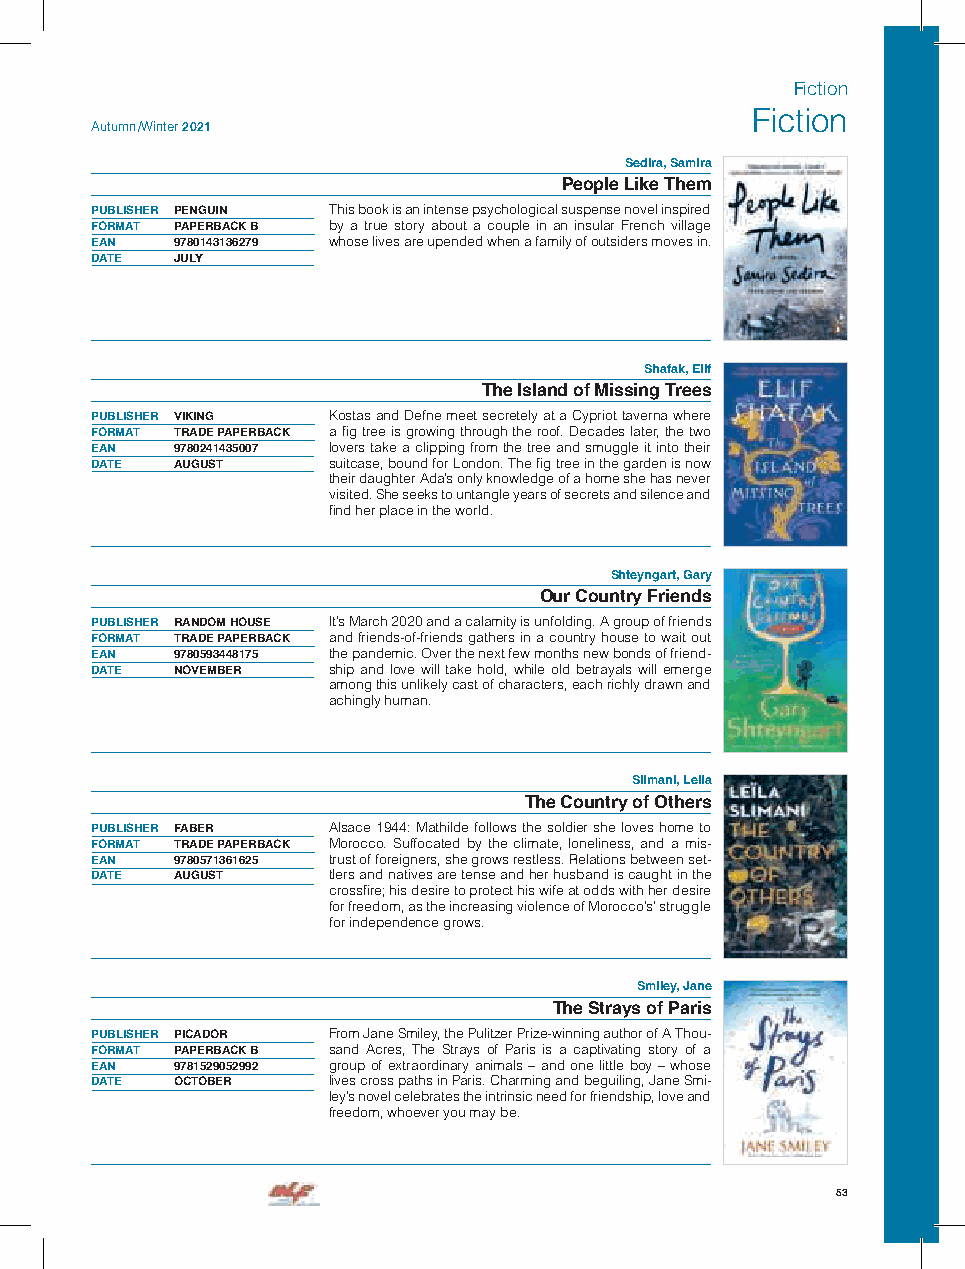
Fiction
 Fiction
 Autumn /Winter 2021
 Sedira, Samira
 People Like Them
 PUBLISHER PENGUIN This book is an intense psychological suspense novel inspired
 FORMAT PAPERBACK B by a true story about a couple in an insular French village
 EAN  9780143136279 whose lives are upended when a family of outsiders moves in.
 DATE JULY
 Shafak, Elif
 The Island of Missing Trees
 PUBLISHER VIKING Kostas and Defne meet secretely at a Cypriot taverna where
 FORMAT TRADE PAPERBACK a fig tree is growing through the roof. Decades later, the two
 EAN  9780241435007 lovers take a clipping from the tree and smuggle it into their
 DATE AUGUST     suitcase, bound for London. The fig tree in the garden is now
 their daughter Ada’s only knowledge of a home she has never
 visited. She seeks to untangle years of secrets and silence and
 find her place in the world.
 Shteyngart, Gary
 Our Country Friends
 PUBLISHER RANDOM HOUSE It’s March 2020 and a calamity is unfolding. A group of friends
 FORMAT TRADE PAPERBACK and friends-of-friends gathers in a country house to wait out
 EAN  9780593448175 the pandemic. Over the next few months new bonds of friend-
 DATE NOVEMBER   ship and love will take hold, while old betrayals will emerge
 among this unlikely cast of characters, each richly drawn and
 achingly human.
 Slimani, Leila
 The Country of Others
 PUBLISHER FABER Alsace 1944: Mathilde follows the soldier she loves home to
 FORMAT TRADE PAPERBACK Morocco. Suffocated by the climate, loneliness, and a mis-
 EAN  9780571361625 trust of foreigners, she grows restless. Relations between set-
 DATE AUGUST     tlers and natives are tense and her husband is caught in the
 crossfire; his desire to protect his wife at odds with her desire
 for freedom, as the increasing violence of Morocco’s’ struggle
 for independence grows.
 Smiley, Jane
 The Strays of Paris
 PUBLISHER PICADOR From Jane Smiley, the Pulitzer Prize-winning author of A Thou-
 FORMAT PAPERBACK B sand Acres, The Strays of Paris is a captivating story of a
 EAN  9781529052992 group of extraordinary animals – and one little boy – whose
 DATE OCTOBER    lives cross paths in Paris. Charming and beguiling, Jane Smi-
 ley’s novel celebrates the intrinsic need for friendship, love and
 freedom, whoever you may be.
 53